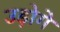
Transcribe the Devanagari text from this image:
उड़ोगे